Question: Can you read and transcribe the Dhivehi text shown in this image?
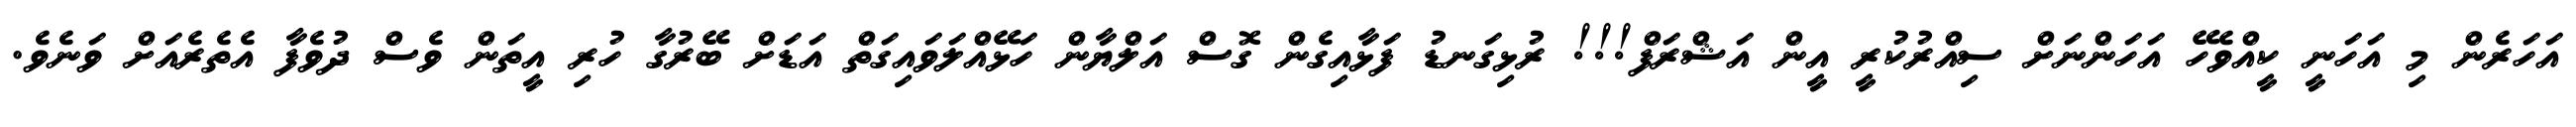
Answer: އަހަރެން މި އަހަނީ ކީއްވެހޭ އަހަންނަށް ސިއްރުކުރީ އީން އަޝްރަފް!!! ރުޅިގަނޑު ފަޅާއިގެން ގޮސް އަލްޔާން ހަޅޭއްލަވައިގަތް އަޑަށް ބޭރުގާ ހުރި އީތަން ވެސް ދުވެފާ އެތެރެއަށް ވަނެވެ.